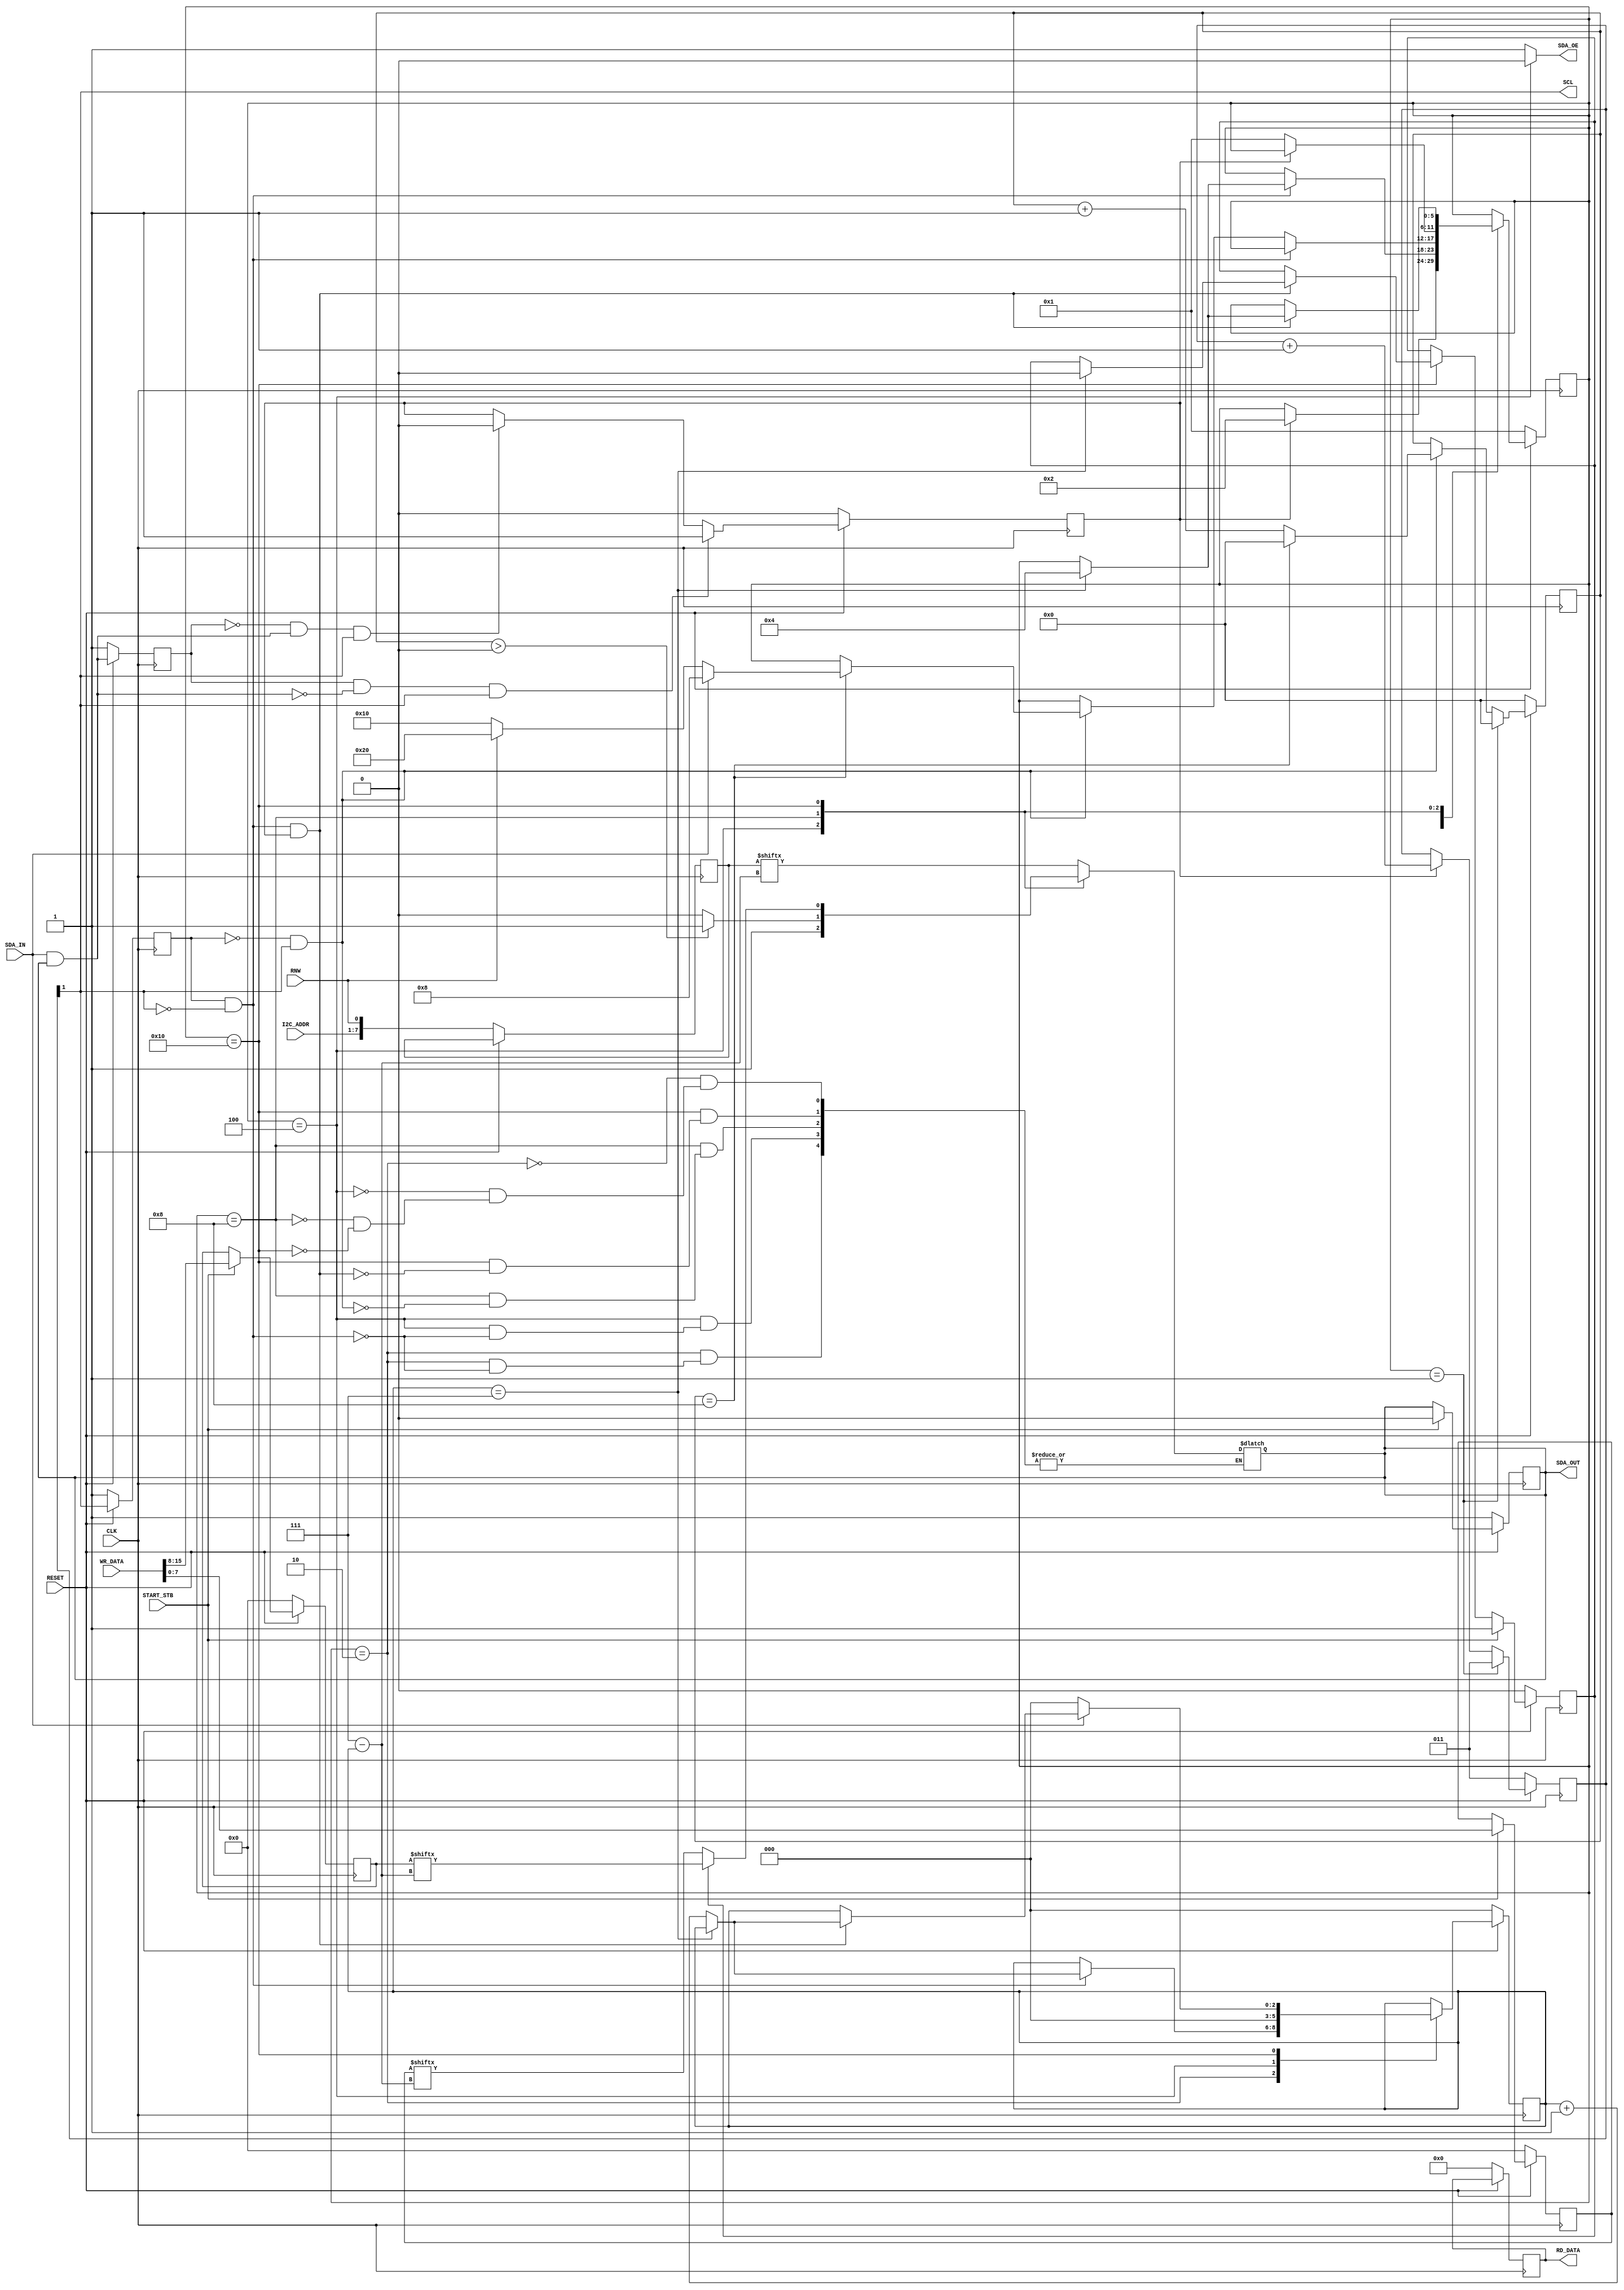
module I2cMain (/*AUTOARG*/
   // Outputs
   SDA_OUT, SDA_OE, RD_DATA, SCL,
   // Inputs
   CLK, RESET, RNW, START_STB, SDA_IN, I2C_ADDR, WR_DATA
   );

/*AUTOINPUT*/
input
  CLK,        
  RESET,
  RNW,
  START_STB,
  SDA_IN;

input [6:0]
  I2C_ADDR; 

input [15:0]
  WR_DATA;

/*AUTOOUTPUT*/
output reg
  SDA_OUT,
  SDA_OE;

output reg [15:0]
  RD_DATA;

output wire
  SCL;

/*AUTOREG*/
reg [7:0]
  HI, 
  LO,
  ADDR_RNW;


reg [2:0] 
  INDEX,
  NEXT_INDEX;

reg [2:0]
  SLOW_CLOCK;

reg [3:0]
  NINE_COUNTER,
  NEXT_NC;

reg
  START,
  LAST_SDA,
  LAST_SCL,
  TIH,
  NEXT_TIH;
  
wire
  CURRENT_SDA,
  POSEDGE_SDA,
  NEGEDGE_SDA,
  POSEDGE_SCL,
  NEGEDGE_SCL;
  
assign POSEDGE_SCL = !LAST_SCL && SCL;
assign NEGEDGE_SCL = LAST_SCL && !SCL;

assign POSEDGE_SDA = !LAST_SDA && CURRENT_SDA;
assign NEGEDGE_SDA = LAST_SDA && !CURRENT_SDA;

assign SCL = SLOW_CLOCK[1];

assign CURRENT_SDA = SDA_IN && SDA_OUT;

/******************************************************************************


/******************************************************************************
                              PARAMETROS DE ESTADO
 *****************************************************************************/
parameter N = 6;  // PARAMETRO PARA CANTIDAD DE ESTADOS

parameter standby = {{(N-1){1'b0}} , 1'b1}; // CONCATENANDO N-1 CEROS CON UN 1 
parameter address = standby << 1;
parameter await = standby << 2;
parameter stop = standby << 3;
parameter write = standby << 4;
parameter read  = standby << 5;

// REGISTROS INTERNO PARA MANEJO DE ESTADOS
reg [N-1:0] state, nextState;

/******************************************************************************
                              COMPORTAMIENTOS
 *****************************************************************************/

always @(posedge CLK) begin // LÓGICA SECUENCIAL
  if (!RESET) begin             
                              // RESET DE VALORES DE FF
    state <= standby;
    SDA_OUT <= 1;
    START <= 0;
    SLOW_CLOCK <= 2'b11;
    LAST_SCL <= 1;
    LAST_SDA <= 1;
    ADDR_RNW <= {I2C_ADDR, RNW};
    RD_DATA = 0;
    NINE_COUNTER <= 0;

  /*AUTO<None>RESET*/
  // Beginning of autoreset for uninitialized flops
  HI <= 8'h0;
  INDEX <= 3'h0;
  LO <= 8'h0;
  TIH <= 1'h0;
  // End of automatics

  end else begin              
                              // TRANSICIÓN DE ESTADOS DE FF
    LAST_SCL <= SCL;
    LAST_SDA <= CURRENT_SDA;
    state <= nextState;    
    INDEX <= NEXT_INDEX;  
    TIH <= NEXT_TIH;
    NINE_COUNTER <= NEXT_NC;

    if (START_STB) begin
      SDA_OUT <= 0;
      {HI, LO} = WR_DATA;
      TIH <= 1;
    end 

    if (NEGEDGE_SDA && SCL) begin
      START <= 1;
    end else if (POSEDGE_SDA && SCL) begin
      START <=0;
    end

    if (START) begin
      SLOW_CLOCK <= SLOW_CLOCK+1;
    end

    if (state == standby) begin
       SLOW_CLOCK <= 2'b11;
    end  
  end
end

always @(*) begin   // LÓGICA COMBINACIONAL 

                              // SOSTENIENDO VALORES DE FF
nextState = state;
NEXT_INDEX = INDEX;
NEXT_TIH = TIH;
NEXT_NC = NINE_COUNTER;
                              // VALORES DE OUTPUTS POR DEFECTO
SDA_OE = 1;

// CUALQUIER ESTADO
if (~(state == standby)) begin
  if (POSEDGE_SCL) begin
    NEXT_NC = NINE_COUNTER+1;
    if (NINE_COUNTER == 8 ) NEXT_NC = 0;
  end
end else begin
    NEXT_NC = 0;
end

/*CASOS PARA CADA ESTADO*/
case(state)
  standby: begin
    if (START) begin
    nextState = address;
    end
  end
  address: begin
      if (NEGEDGE_SCL) begin
      SDA_OUT = ADDR_RNW[7-INDEX];
      if (INDEX == 7) begin
        nextState = await;
      end else begin
        NEXT_INDEX = INDEX+1;
      end
      end
  end

  await: begin
  NEXT_INDEX = 0;
  SDA_OE = 0;
    if (NEGEDGE_SCL) begin
      SDA_OUT = 1;
      SDA_OE = 0;
    end else if (POSEDGE_SCL) begin
      if (NINE_COUNTER == 8) begin
        if (~SDA_IN ) begin
          nextState = RNW ? read : write;
        end else begin
          nextState = stop;
        end
      end
    end
  end

  stop: begin
    if (POSEDGE_SCL) begin
      SDA_OUT = 0;
    if (NINE_COUNTER > 0) SDA_OUT = 1;
    end
    if (~START) nextState = standby;
  end

  read: begin

  end

  write: begin

    if (NEGEDGE_SCL && START) 
    begin
      if (TIH) begin
        SDA_OUT = HI[7-INDEX];
      end else begin
        SDA_OUT = LO[7-INDEX];
      end

      if (INDEX == 7) begin
        nextState = await;
        NEXT_TIH = 0;
      end else begin
      NEXT_INDEX = INDEX+1;
      end
    end

    if (~SDA_IN) NEXT_INDEX = 0;  

  end
  

  default:  begin
  end          
endcase
end

endmodule